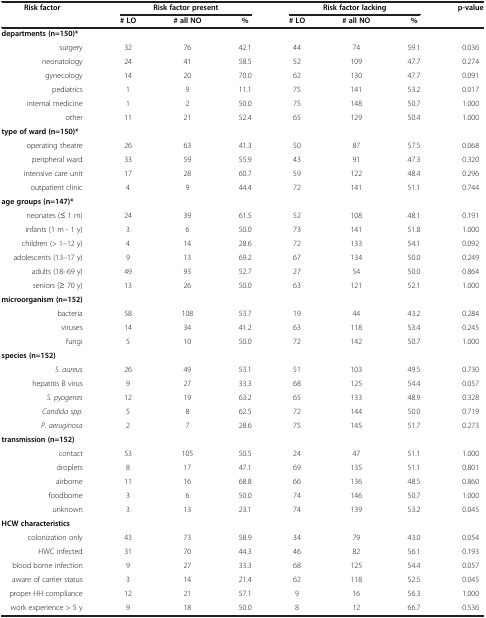
<table><thead><tr><td><b>Risk factor</b></td><td colspan="3"><b>Risk factor present</b></td><td colspan="3"><b>Risk factor lacking</b></td><td><b>p-value</b></td></tr><tr><td><b> </b></td><td><b># LO</b></td><td><b># all NO</b></td><td><b>%</b></td><td><b># LO</b></td><td><b># all NO</b></td><td><b>%</b></td><td><b> </b></td></tr></thead><tbody><tr><td><b>departments (n=150)*</b></td><td> </td><td> </td><td> </td><td> </td><td> </td><td> </td><td> </td></tr><tr><td>surgery</td><td>32</td><td>76</td><td>42.1</td><td>44</td><td>74</td><td>59.1</td><td>0.036</td></tr><tr><td>neonatology</td><td>24</td><td>41</td><td>58.5</td><td>52</td><td>109</td><td>47.7</td><td>0.274</td></tr><tr><td>gynecology</td><td>14</td><td>20</td><td>70.0</td><td>62</td><td>130</td><td>47.7</td><td>0.091</td></tr><tr><td>pediatrics</td><td>1</td><td>9</td><td>11.1</td><td>75</td><td>141</td><td>53.2</td><td>0.017</td></tr><tr><td>internal medicine</td><td>1</td><td>2</td><td>50.0</td><td>75</td><td>148</td><td>50.7</td><td>1.000</td></tr><tr><td>other</td><td>11</td><td>21</td><td>52.4</td><td>65</td><td>129</td><td>50.4</td><td>1.000</td></tr><tr><td><b>type of ward (n=150)*</b></td><td> </td><td> </td><td> </td><td> </td><td> </td><td> </td><td> </td></tr><tr><td>operating theatre</td><td>26</td><td>63</td><td>41.3</td><td>50</td><td>87</td><td>57.5</td><td>0.068</td></tr><tr><td>peripheral ward</td><td>33</td><td>59</td><td>55.9</td><td>43</td><td>91</td><td>47.3</td><td>0.320</td></tr><tr><td>intensive care unit</td><td>17</td><td>28</td><td>60.7</td><td>59</td><td>122</td><td>48.4</td><td>0.296</td></tr><tr><td>outpatient clinic</td><td>4</td><td>9</td><td>44.4</td><td>72</td><td>141</td><td>51.1</td><td>0.744</td></tr><tr><td><b>age groups (n=147)*</b></td><td> </td><td> </td><td> </td><td> </td><td> </td><td> </td><td> </td></tr><tr><td>neonates (≤ 1 m)</td><td>24</td><td>39</td><td>61.5</td><td>52</td><td>108</td><td>48.1</td><td>0.191</td></tr><tr><td>infants (1 m - 1 y)</td><td>3</td><td>6</td><td>50.0</td><td>73</td><td>141</td><td>51.8</td><td>1.000</td></tr><tr><td>children (&gt; 1–12 y)</td><td>4</td><td>14</td><td>28.6</td><td>72</td><td>133</td><td>54.1</td><td>0.092</td></tr><tr><td>adolescents (13–17 y)</td><td>9</td><td>13</td><td>69.2</td><td>67</td><td>134</td><td>50.0</td><td>0.249</td></tr><tr><td>adults (18–69 y)</td><td>49</td><td>93</td><td>52.7</td><td>27</td><td>54</td><td>50.0</td><td>0.864</td></tr><tr><td>seniors (≥ 70 y)</td><td>13</td><td>26</td><td>50.0</td><td>63</td><td>121</td><td>52.1</td><td>1.000</td></tr><tr><td><b>microorganism (n=152)</b></td><td> </td><td> </td><td> </td><td> </td><td> </td><td> </td><td> </td></tr><tr><td>bacteria</td><td>58</td><td>108</td><td>53.7</td><td>19</td><td>44</td><td>43.2</td><td>0.284</td></tr><tr><td>viruses</td><td>14</td><td>34</td><td>41.2</td><td>63</td><td>118</td><td>53.4</td><td>0.245</td></tr><tr><td>fungi</td><td>5</td><td>10</td><td>50.0</td><td>72</td><td>142</td><td>50.7</td><td>1.000</td></tr><tr><td><b>species (n=152)</b></td><td> </td><td> </td><td> </td><td> </td><td> </td><td> </td><td> </td></tr><tr><td><i>S. aureus</i></td><td>26</td><td>49</td><td>53.1</td><td>51</td><td>103</td><td>49.5</td><td>0.730</td></tr><tr><td>hepatitis B virus</td><td>9</td><td>27</td><td>33.3</td><td>68</td><td>125</td><td>54.4</td><td>0.057</td></tr><tr><td><i>S. pyogenes</i></td><td>12</td><td>19</td><td>63.2</td><td>65</td><td>133</td><td>48.9</td><td>0.328</td></tr><tr><td><i>Candida spp.</i></td><td>5</td><td>8</td><td>62.5</td><td>72</td><td>144</td><td>50.0</td><td>0.719</td></tr><tr><td><i>P. aeruginosa</i></td><td>2</td><td>7</td><td>28.6</td><td>75</td><td>145</td><td>51.7</td><td>0.273</td></tr><tr><td><b>transmission (n=152)</b></td><td> </td><td> </td><td> </td><td> </td><td> </td><td> </td><td> </td></tr><tr><td>contact</td><td>53</td><td>105</td><td>50.5</td><td>24</td><td>47</td><td>51.1</td><td>1.000</td></tr><tr><td>droplets</td><td>8</td><td>17</td><td>47.1</td><td>69</td><td>135</td><td>51.1</td><td>0.801</td></tr><tr><td>airborne</td><td>11</td><td>16</td><td>68.8</td><td>66</td><td>136</td><td>48.5</td><td>0.860</td></tr><tr><td>foodborne</td><td>3</td><td>6</td><td>50.0</td><td>74</td><td>146</td><td>50.7</td><td>1.000</td></tr><tr><td>unknown</td><td>3</td><td>13</td><td>23.1</td><td>74</td><td>139</td><td>53.2</td><td>0.045</td></tr><tr><td><b>HCW characteristics</b></td><td> </td><td> </td><td> </td><td> </td><td> </td><td> </td><td> </td></tr><tr><td>colonization only</td><td>43</td><td>73</td><td>58.9</td><td>34</td><td>79</td><td>43.0</td><td>0.054</td></tr><tr><td>HWC infected</td><td>31</td><td>70</td><td>44.3</td><td>46</td><td>82</td><td>56.1</td><td>0.193</td></tr><tr><td>blood borne infection</td><td>9</td><td>27</td><td>33.3</td><td>68</td><td>125</td><td>54.4</td><td>0.057</td></tr><tr><td>aware of carrier status</td><td>3</td><td>14</td><td>21.4</td><td>62</td><td>118</td><td>52.5</td><td>0.045</td></tr><tr><td>proper HH compliance</td><td>12</td><td>21</td><td>57.1</td><td>9</td><td>16</td><td>56.3</td><td>1.000</td></tr><tr><td>work experience &gt; 5 y</td><td>9</td><td>18</td><td>50.0</td><td>8</td><td>12</td><td>66.7</td><td>0.536</td></tr></tbody></table>